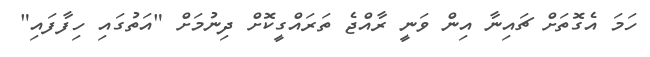
ހަމަ އެގޮތަށް ޗައިނާ އިން ވަނީ ރާއްޖެ ތަރައްގީކޮށް ދިނުމަށް "އަތުގައި ހިފާފައި"